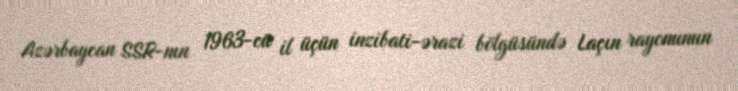
Azərbaycan SSR-nın 1963-cü il üçün inzibati-ərazi bölgüsündə Laçın rayonunun